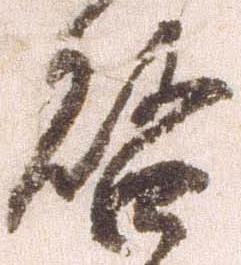
啓